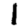
Digit: 1